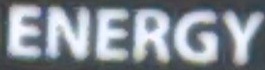
ENERGY